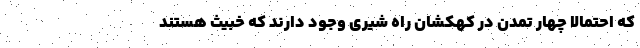
که احتمالاً چهار تمدن در کهکشان راه شیری وجود دارند که خبیث هستند